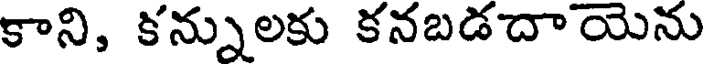
కాని, కన్నులకు కనబడదాయెను